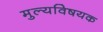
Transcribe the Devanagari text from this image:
मुल्यविषयक